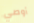
أوصي